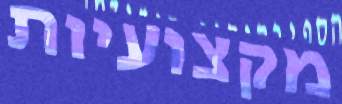
מקצועיות